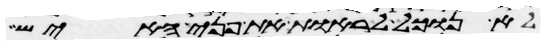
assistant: לא נוכל לראות את פני האיש